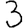
Digit: 3